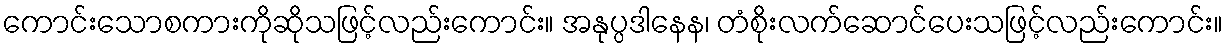
ကောင်းသောစကားကိုဆိုသဖြင့်လည်းကောင်း။ အနုပ္ပဒါနေန၊ တံစိုးလက်ဆောင်ပေးသဖြင့်လည်းကောင်း။